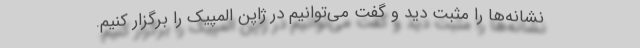
نشانه‌ها را مثبت دید و گفت می‌توانیم در ژاپن المپیک را برگزار کنیم.